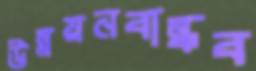
উন্নয়নবান্ধব